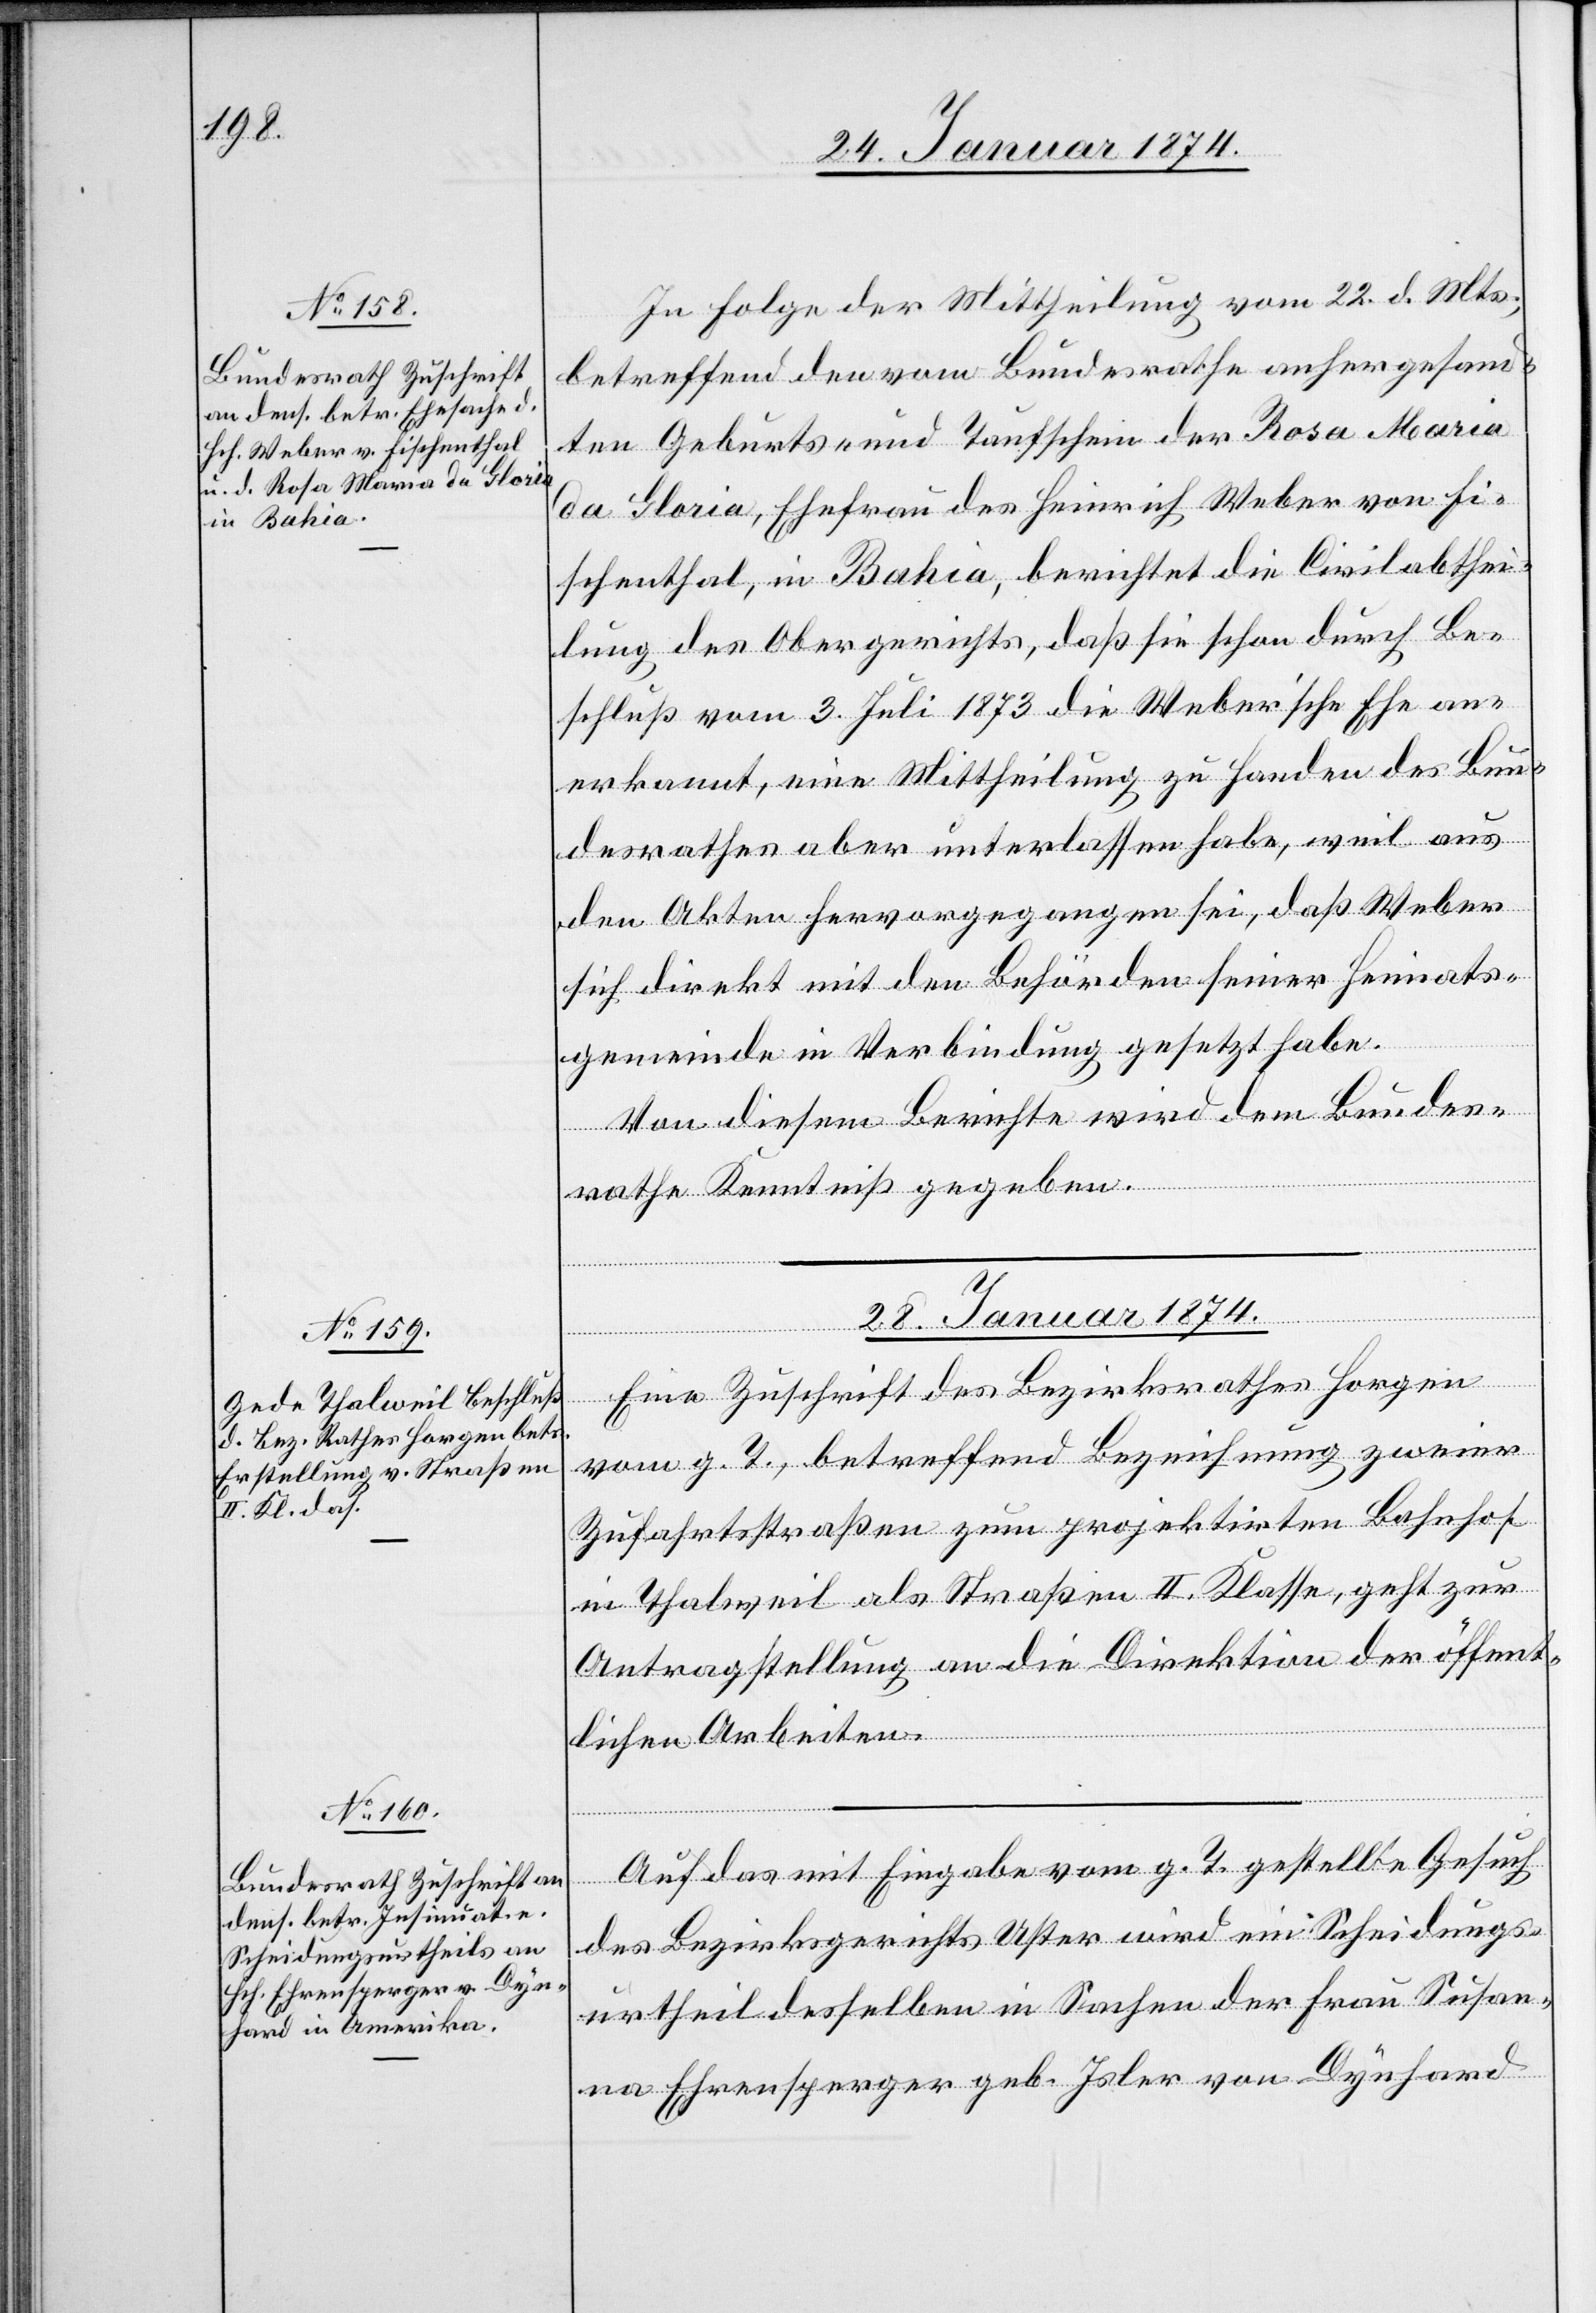
In Folge der Mittheilung vom 22. d. Mts.,
betreffend den vom Bundesrathe anhergesand¬
ten Geburts- und Taufschein der Rosa Maria
da Floria, Ehefrau des Heinrich Weber von Hir¬
schenthal, in Bahia, berichtet die Civilabthei¬
lung des Obergerichtes, daß sie schon durch Be¬
schluß vom 3. Juli 1873 die Weber’sche Ehe an¬
erkannt, eine Mittheilung zu Handen des Bun¬
desrathes aber unterlassen habe, weil aus
den Akten hervorgegangen sei, daß Weber
sich direkt mit den Behörden seiner Heimats¬
gemeinde in Verbindung gesetzt habe.
Von diesem Berichte wird dem Bundes¬
rathe Kenntniß gegeben.
28. Januar 1874.]
Eine Zuschrift des Bezirksrathes Horgen
vom g. T., betreffend Bezeichnung zweier
Zufahrtsstraßen zum projektirten Bahnhof
in Thalweil als Straßen II. Klasse, geht zur
Antragstellung an die Direktion der öffent¬
lichen Arbeiten.
Auf das mit Eingabe vom g. T. gestellte Gesuch
des Bezirksgerichts Uster wird ein Scheidungs¬
urtheil desselben in Sachen der Frau Susan¬
na Ehrensperger geb. Isler von Dynhard